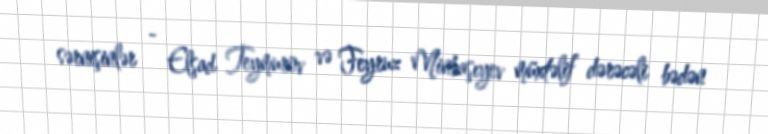
sərnişinlər - Elşad Teymurov və Feyruz Minbaşıyev müxtəlif dərəcəli bədən